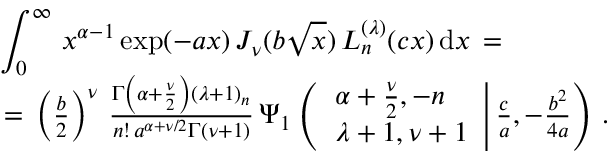
\begin{array} { l } { \displaystyle \int _ { 0 } ^ { \infty } \, x ^ { \alpha - 1 } \exp ( - a x ) \, J _ { \nu } ( b \sqrt x ) \, L _ { n } ^ { ( \lambda ) } ( c x ) \, \mathrm { d } x \, = \, } \\ { \, = \, \left( \frac b 2 \right) ^ { \nu } \, \frac { \Gamma \left( \alpha + \frac \nu 2 \right) ( \lambda + 1 ) _ { n } } { n ! \, a ^ { \alpha + \nu / 2 } \Gamma ( \nu + 1 ) } \, \Psi _ { 1 } \left( \left. \begin{array} { l } { \alpha + \frac { \nu } 2 , - n } \\ { \lambda + 1 , \nu + 1 } \end{array} \right| \frac c a , - \frac { b ^ { 2 } } { 4 a } \right) \, . } \end{array}